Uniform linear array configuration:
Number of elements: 48
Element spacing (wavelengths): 0.5
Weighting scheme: exponential
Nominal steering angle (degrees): -60
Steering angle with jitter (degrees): -60.345
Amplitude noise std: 0.05
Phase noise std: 0.05

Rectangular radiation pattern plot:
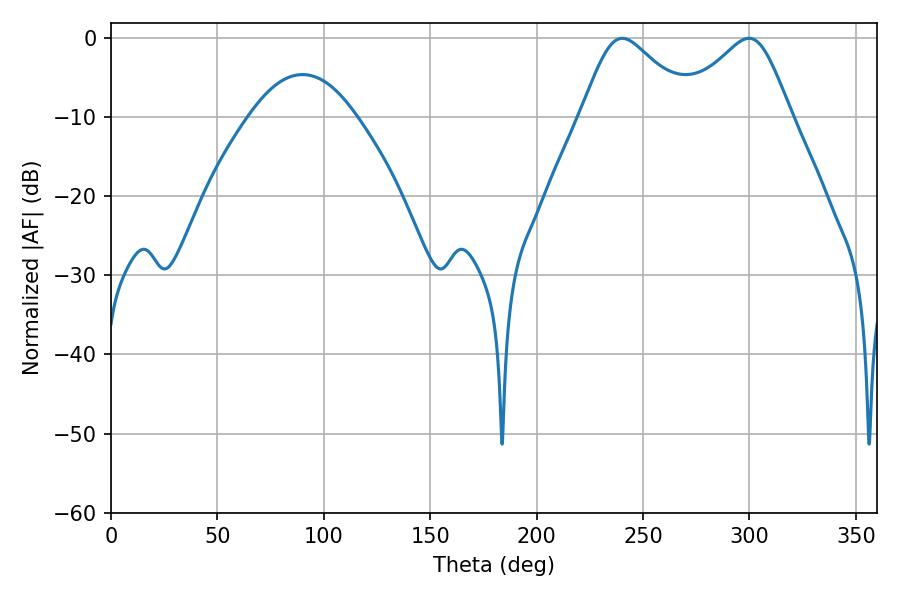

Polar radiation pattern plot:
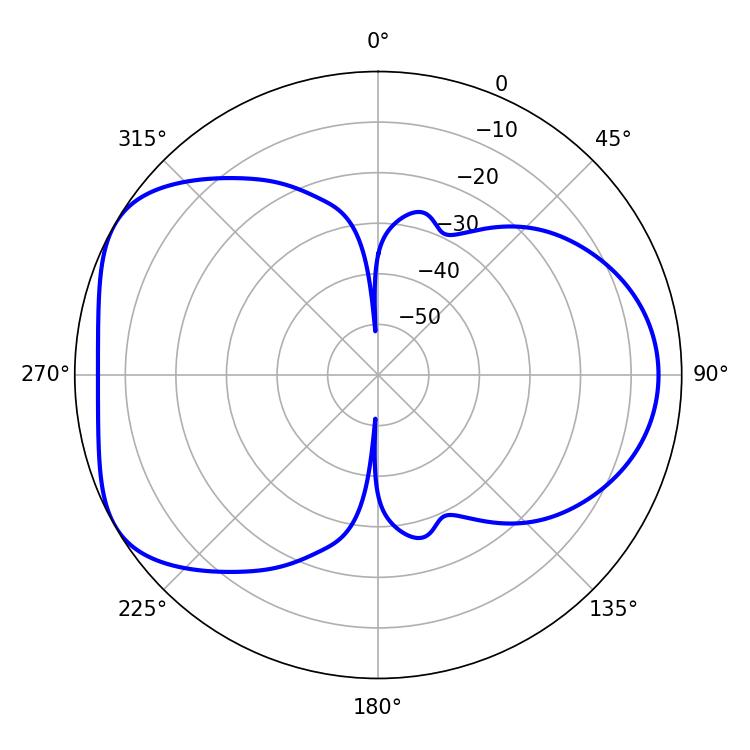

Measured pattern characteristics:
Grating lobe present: FALSE
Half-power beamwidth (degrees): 25.74
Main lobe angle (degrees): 240.3